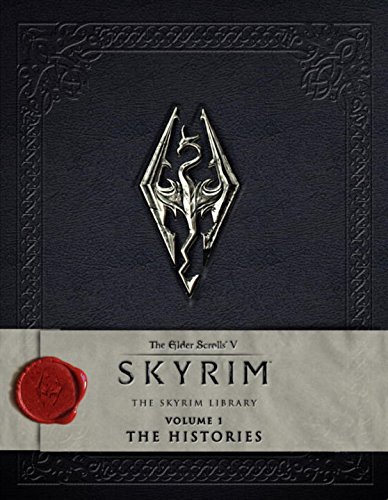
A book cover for The Elder Scrolls V: Skyrim - The Skyrim Library, Vol. I: The Histories; Bethesda Softworks; Science Fiction & Fantasy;